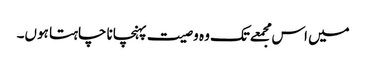
میں اس مجمعےتک وہ وصیت پہنچانا چاہتا ہوں۔